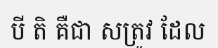
បី តិ គឺជា សត្រូវ ដែល